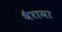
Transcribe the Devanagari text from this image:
थैराया